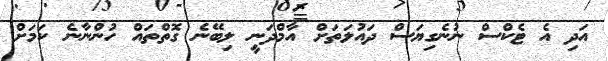
އަދި އެ ޓެކްސް ނުނެގިޔަސް ދައުލަތަށް އާމްދަނީ ލިބޭނެ ގޮތްތައް ހުންނާނެ ކަމަށް